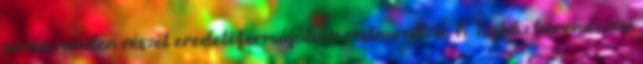
során minden részét eredeti formájában restauráltak. A Tájház berendezési